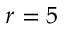
r = 5